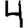
Digit: 4